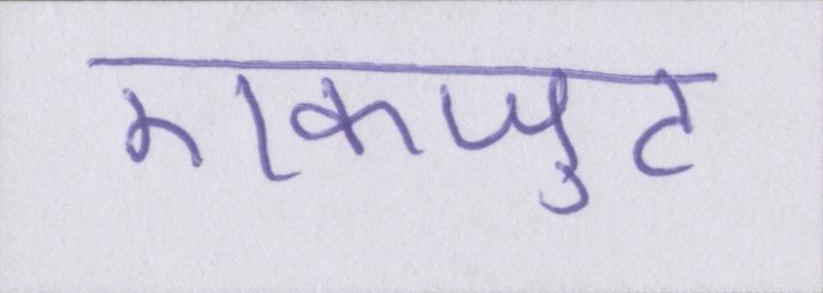
एकजुट